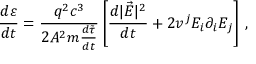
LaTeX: \frac { d \varepsilon } { d t } = \frac { q ^ { 2 } c ^ { 3 } } { 2 A ^ { 2 } m { \frac { d \tilde { \tau } } { d t } } } \left[ \frac { d | \vec { E } | ^ { 2 } } { d t } + 2 v ^ { j } E _ { i } \partial _ { i } E _ { j } \right] \, { , }